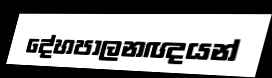
දේහපාලනඥයන්